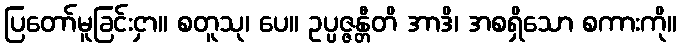
ပြတော်မူခြင်းငှာ။ စတူသု၊ ပေ။ ဥပ္ပဇ္ဇန္တီတိ အာဒိ၊ အစရှိသော စကားကို။